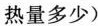
热量多少)